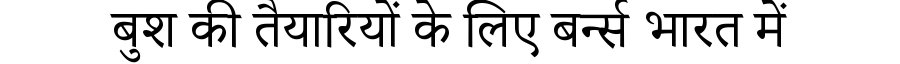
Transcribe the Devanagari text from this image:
बुश की तैयारियों के लिए बर्न्स भारत में